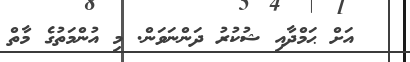
އަށް ޙަމްދާއި ޝުކުރު ދަންނަވަން. މި އުންމަތުގެ މާތް